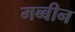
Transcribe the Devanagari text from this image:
मब्बीन